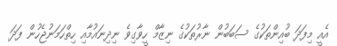
އެއީ މިފަދަ ބުއިންތަކުގެ ސަބަބުން ނާރުތަކުގެ ނިޒާމް ހީވާގިވެ ނިދިނައުމާއި ހިތްހަމަނުޖެހުން ފަދަ